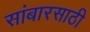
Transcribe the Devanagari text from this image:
सांबारसाठी